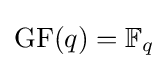
\operatorname {GF} (q)=\mathbb {F} _{q}